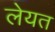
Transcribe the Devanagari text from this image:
लेयत